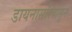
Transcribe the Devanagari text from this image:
डायनासॉरपासून